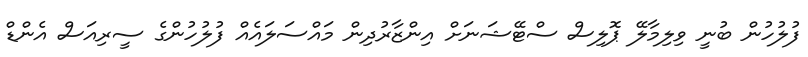
ފުލުހުން ބުނީ ވިލިމާލޭ ޕޮލިސް ސްޓޭޝަނަށް އިންޒާރުދިން މައްސަލައެއް ފުލުހުންގެ ސީރިއަސް އެންޑް